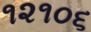
૧૨૧૦૬